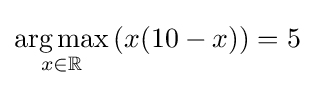
{\underset {x\in \mathbb {R} }{\operatorname {arg\,max} }}\,(x(10-x))=5